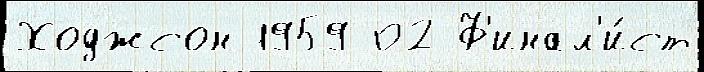
Ходжсон 1959 02 Ф'инал'и́ст